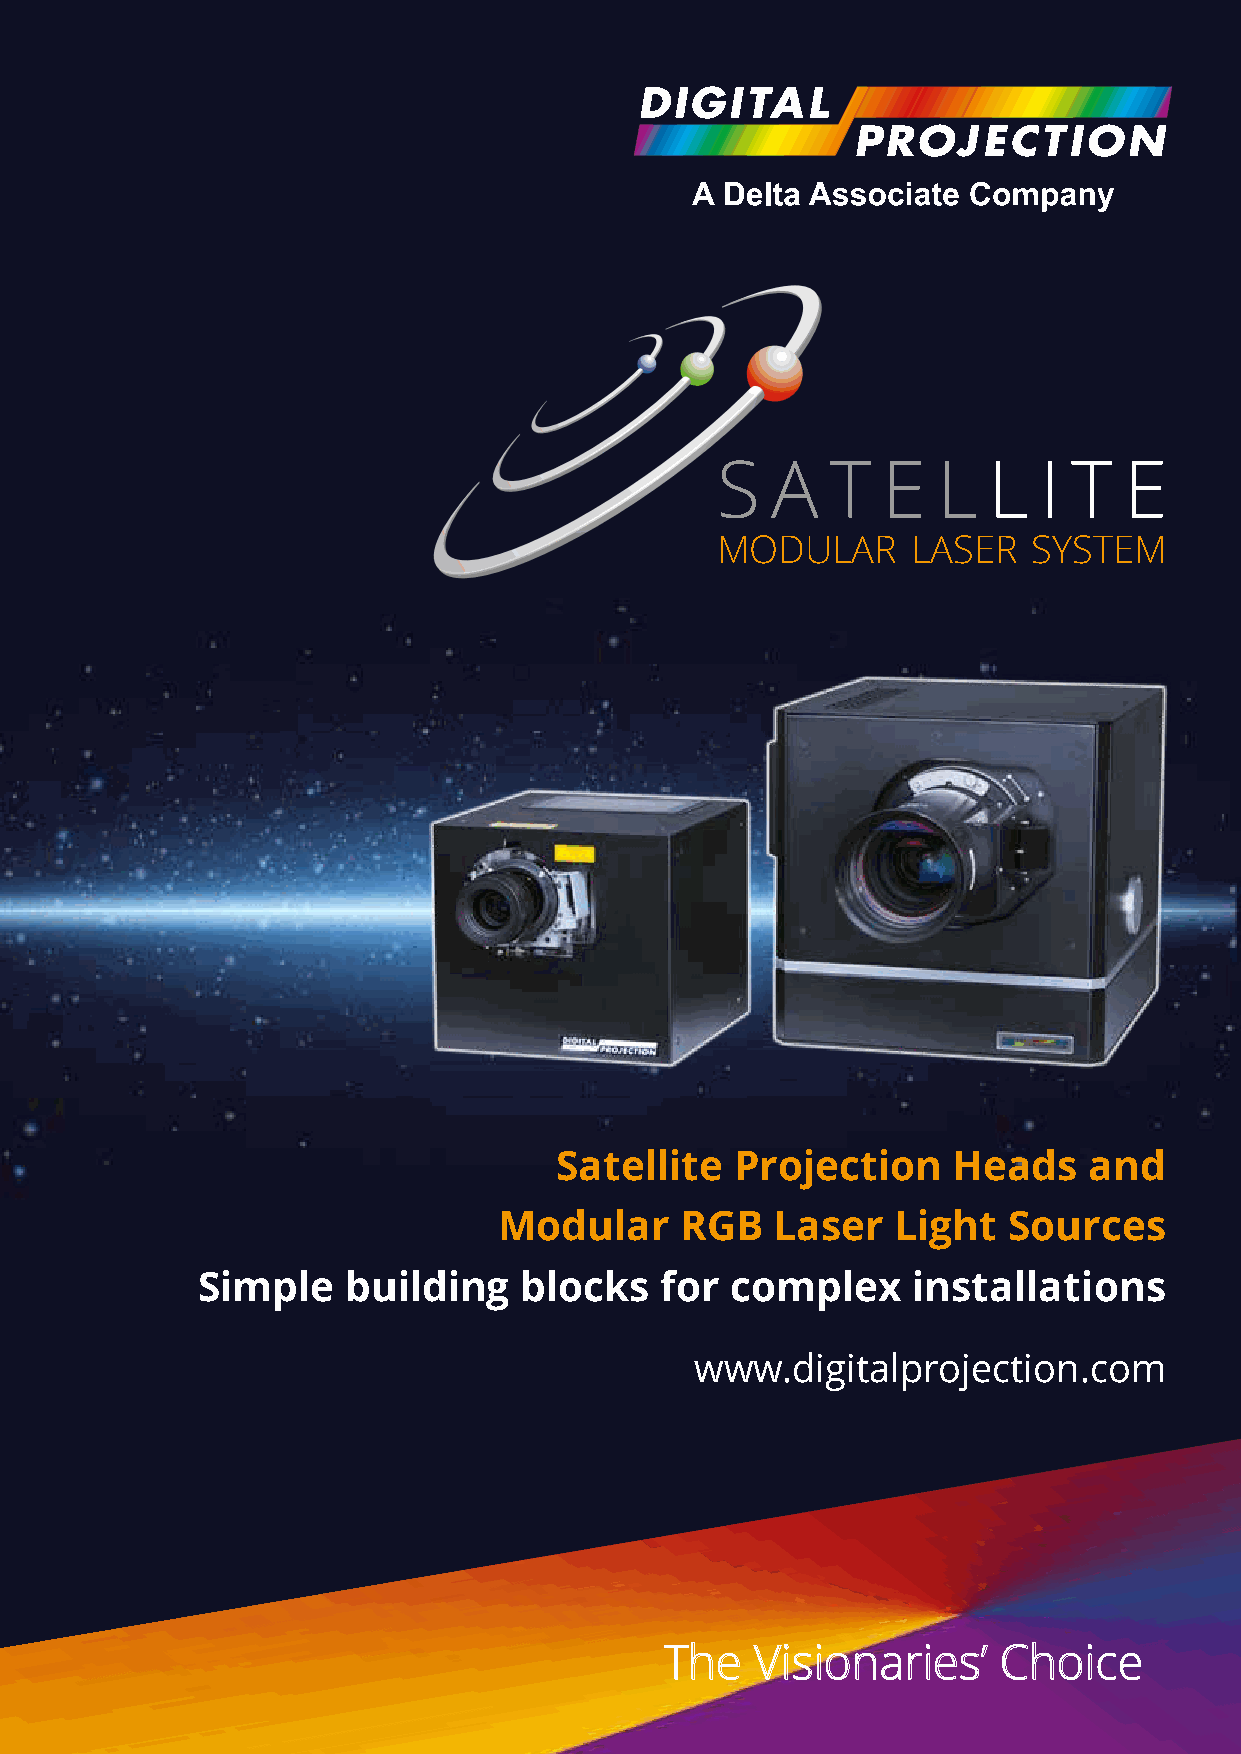
S   A   T  E   LL    I T   E
 MODULAR      LASER   SYSTEM
 S   A  T   E  LL     I T  E
 MODULAR      LASER   SYSTEM
 Satellite   Projection    Heads    and
 Modular     RGB   Laser   Light   Sources
 Simple    building   blocks    for complex     installations
 www.digitalprojection.com
 TThhee VViissiioonnaarriieess’’ CChhooiiccee